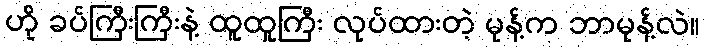
ဟို ခပ်ကြီးကြီးနဲ့ ထူထူကြီး လုပ်ထားတဲ့ မုန့်က ဘာမုန့်လဲ။